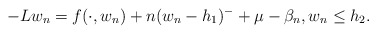
\begin{align*}-Lw_{n}=f(\cdot, w_{n})+ n(w_{n}-h_{1})^{-}+\mu-\beta_{n},w_{n}\le h_{2}.\end{align*}